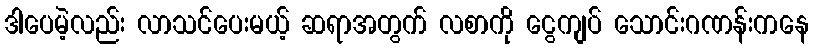
ဒါပေမဲ့လည်း လာသင်ပေးမယ့် ဆရာအတွက် လစာကို ငွေကျပ် သောင်းဂဏန်းကနေ